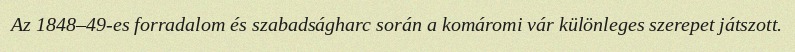
Az 1848–49-es forradalom és szabadságharc során a komáromi vár különleges szerepet játszott.